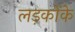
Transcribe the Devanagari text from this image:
लड़कोंके